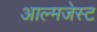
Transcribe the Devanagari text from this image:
आल्मजेस्ट